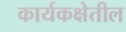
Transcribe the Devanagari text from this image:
कार्यकक्षेतील